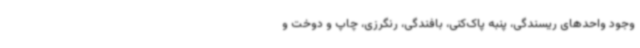
وجود واحدهای ریسندگی، پنبه پاک‌کنی، بافندگی، رنگرزی، چاپ و دوخت و